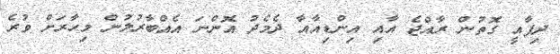
ދިފާއީ ގޮތުން ރާއްޖެ އާއި އިންޑިއާއާ ދެމެދު އޮންނަ އެއްބާރުލުން މިހާރަށް ވުރެ